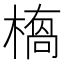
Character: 𭫥